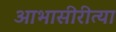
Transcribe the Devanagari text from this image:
आभासीरीत्या